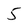
Character: 5